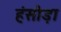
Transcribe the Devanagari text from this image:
हंसौड़ा